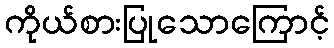
ကိုယ်စားပြုသောကြောင့်